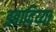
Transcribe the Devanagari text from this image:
इबादिय्या